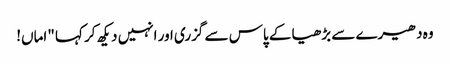
وہ دھیرے سے بڑھیا کے پاس سے گزری اور انہیں دیکھ کر کہا "اماں!